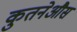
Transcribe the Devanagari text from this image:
कुतनेऔस